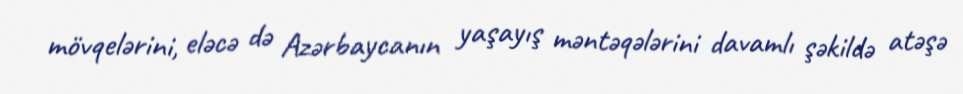
mövqelərini, eləcə də Azərbaycanın yaşayış məntəqələrini davamlı şəkildə atəşə